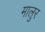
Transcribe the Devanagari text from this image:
मालुर